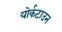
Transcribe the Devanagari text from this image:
योर्कटाउन